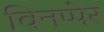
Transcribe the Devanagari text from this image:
विनप्पेर